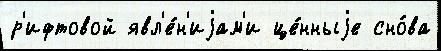
р'ифтовой явл'е́н'иjам'и це́нныjе сно́ва